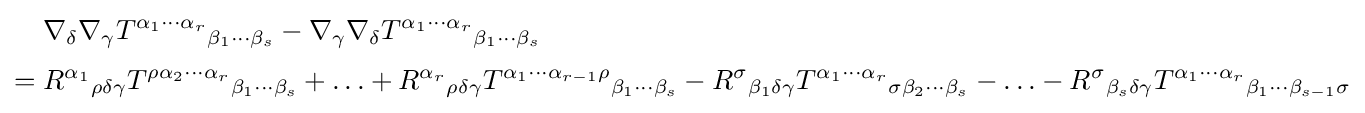
{\begin{aligned}&\nabla _{\delta }\nabla _{\gamma }T^{\alpha _{1}\cdots \alpha _{r}}{}_{\beta _{1}\cdots \beta _{s}}-\nabla _{\gamma }\nabla _{\delta }T^{\alpha _{1}\cdots \alpha _{r}}{}_{\beta _{1}\cdots \beta _{s}}\\[3pt]={}&R^{\alpha _{1}}{}_{\rho \delta \gamma }T^{\rho \alpha _{2}\cdots \alpha _{r}}{}_{\beta _{1}\cdots \beta _{s}}+\ldots +R^{\alpha _{r}}{}_{\rho \delta \gamma }T^{\alpha _{1}\cdots \alpha _{r-1}\rho }{}_{\beta _{1}\cdots \beta _{s}}-R^{\sigma }{}_{\beta _{1}\delta \gamma }T^{\alpha _{1}\cdots \alpha _{r}}{}_{\sigma \beta _{2}\cdots \beta _{s}}-\ldots -R^{\sigma }{}_{\beta _{s}\delta \gamma }T^{\alpha _{1}\cdots \alpha _{r}}{}_{\beta _{1}\cdots \beta _{s-1}\sigma }\end{aligned}}